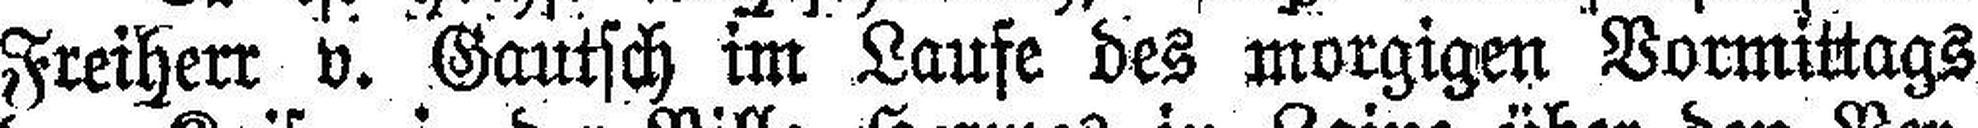
Freiherr v. Gautsch im Laufe des morgigen Vormittags